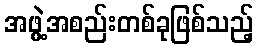
အဖွဲ့အစည်းတစ်ခုဖြစ်သည့်